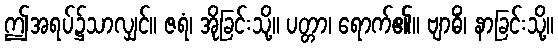
ဤအရပ်၌သာလျှင်။ ဇရံ၊ အိုခြင်းသို့။ ပတ္တာ၊ ရောက်၏။ ဗျာဓိံ၊ နာခြင်းသို့။